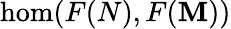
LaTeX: \hom(F(N),F(\mathbf{M}))